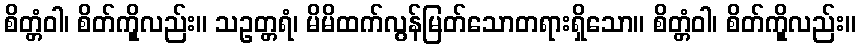
စိတ္တံဝါ၊ စိတ်ကိုူလည်း။ သဥတ္တရံ၊ မိမိထက်လွန်မြတ်သောတရားရှိသော။ စိတ္တံဝါ၊ စိတ်ကိုူလည်း။